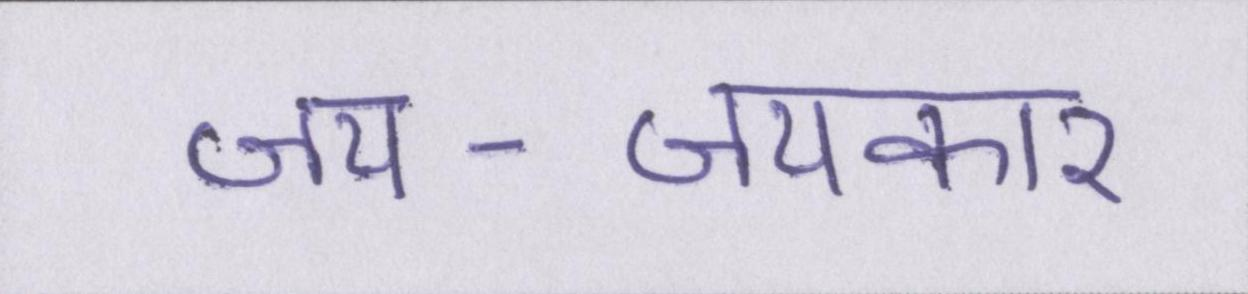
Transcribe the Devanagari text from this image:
जय-जयकार